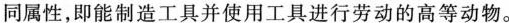
同属性，即能制造工具并使用工具进行劳动的高等动物。